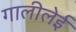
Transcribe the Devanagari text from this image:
गालीलेई